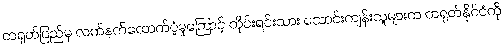
တရုတ်ပြည်မှ လက်နက်ထောက်ပံ့မှုကြောင့် တိုင်းရင်းသား သောင်းကျန်းသူများက တရုတ်နိုင်ငံကို